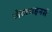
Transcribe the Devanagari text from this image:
जेटलाइनर्स